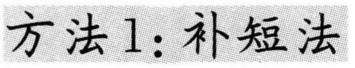
方法 1：补短法